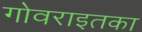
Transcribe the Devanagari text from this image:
गोवराइतका